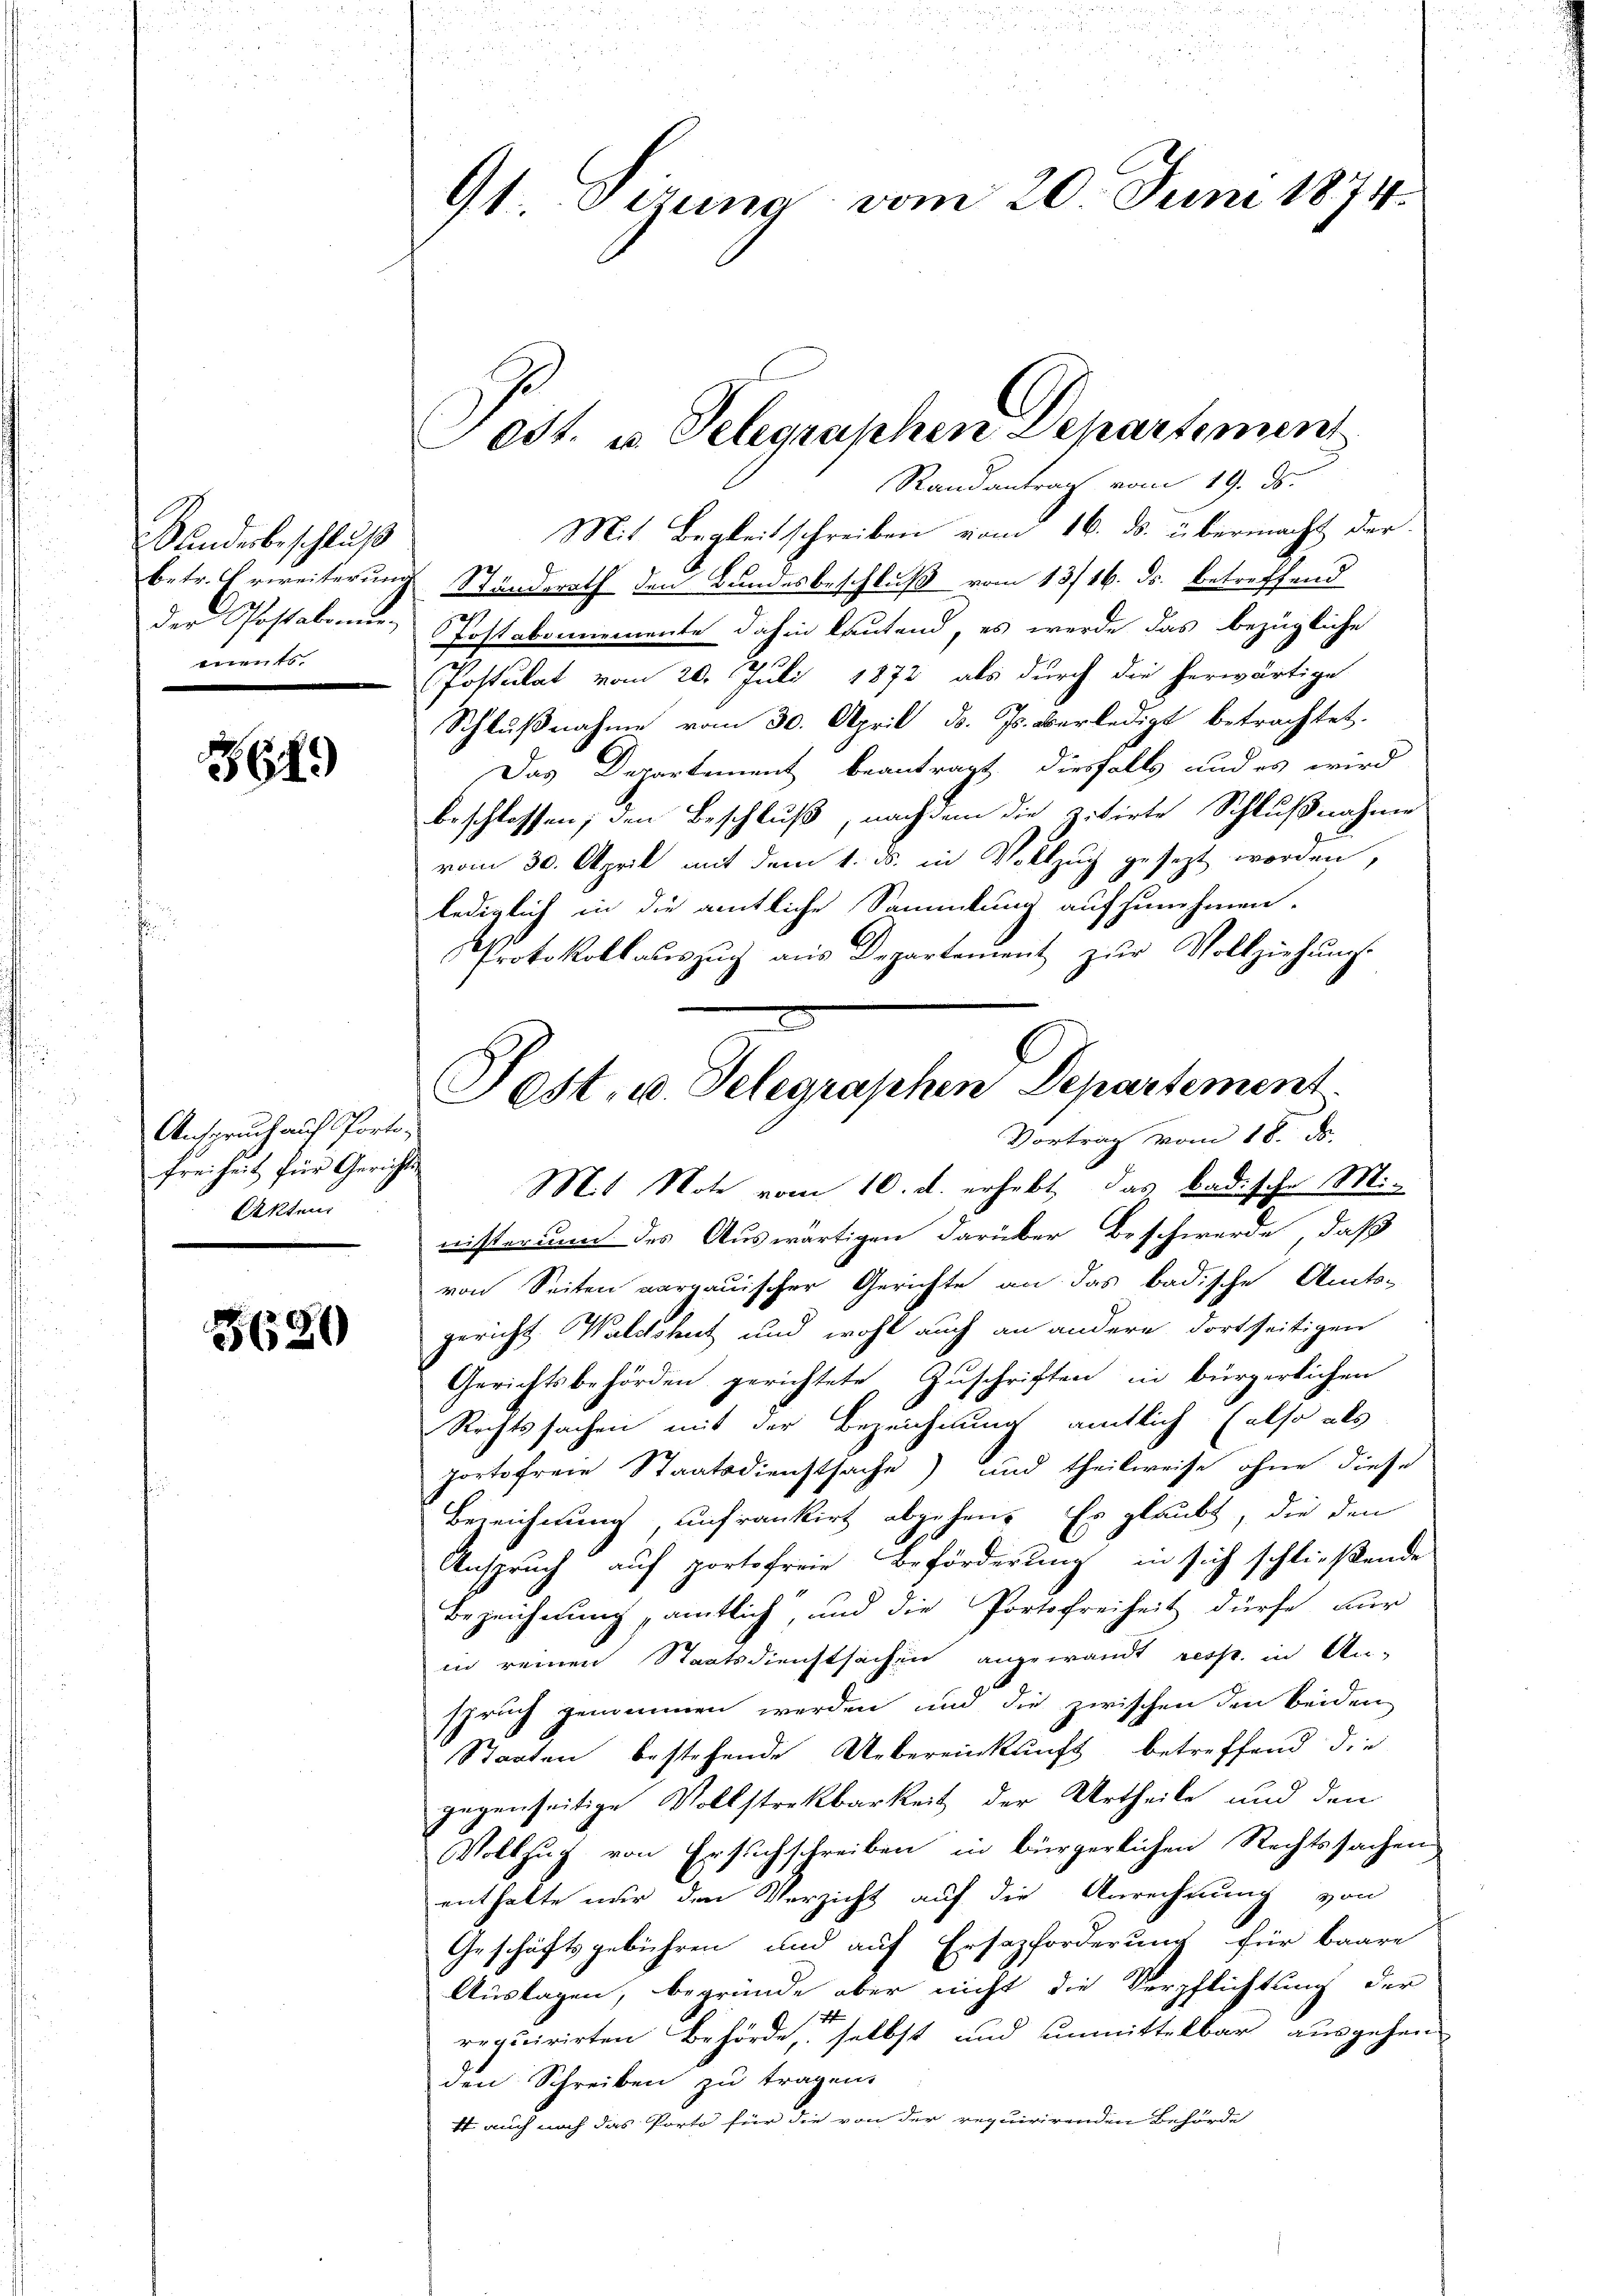
Sundesbeschluß
berg

3619

Anspruch auf Porto¬
Freiheit für Gerichts
Aktens

5620

9t. Sizung vom 20. Juni 1874.

Mit Begleitschreiben von 16. ds. übermacht der
betr. Erweiterung Standerath den Bundesbeschluß vom 13/16. ds. betreffend
der Postakomnes Postabonnemente dahin lautend, es werde das bezügliche
Postulat vom 20. Juli 1872 als durch die herwärtige
Schlußnahme vom 30. April d. Js. überledigt betrachtet.
Das Departement beantragt, diesfalls und es wird
beschlossen; den Beschluß, nachdem die zitirte Schlußnahme
vom 30. April mit dem 1. ds. in Vollzug gesezt worden,
lediglich in die amtliche Sammlung aufzunehmen.
Protokollauszug aus Departement zur Vollziehungs
Post- u. Telegraphen Departement.

Mit Note vom 10. d. erhebt, das Badische Ministerium des Auswärtigen darüber Beschwerde, daß
von Seiten aargauischer Gerichte an das badische Amts-
gericht. Waldshut und wohl auch an andere dortseitigen
Gerichtsbehörden gerichtete Zuschriften in bürgerlichen
Rechtssachen mit der Bezeichnung amtlich (also als
portofreie Staatsdienstsache) und theilweise ohne diese
Bezeichnung unfrankirt abgehen. Er glaubt, die den
Anspruch auf portofreie Beförderung in sich schließende
Bezeichnung amtlich, und die Portofreiheit dürfe für
in reinen Staatsdienstsachen angewandt resp. in An-
spruch genommen werden und die zwischen den beiden
Staaten bestehende Uebereinkunft betreffend die
gegenseitige Vollstreckbarkeit der Urtheile und den
Vollzug von Ersuchschreiben in bürgerlichen Rechtssachen
enthalte nur den Verzicht auf die Anrechnung von
Geschäftsgebühren und auf Ersezforderung für baare
Auslagen, begründe aber nicht die Verpflichtung der
requirirten Behörde, selbst und unmittelbar ausgehen
den Schreiben zu tragen.
4 auch noch das Porto für die von der requirirenden Behörde

Post. u. Telegraphen Departemen
Randantrag vom 19. ds.

Vortrag vom 18. ds.